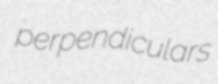
perpendiculars